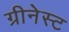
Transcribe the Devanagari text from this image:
ग्रीनेस्ट